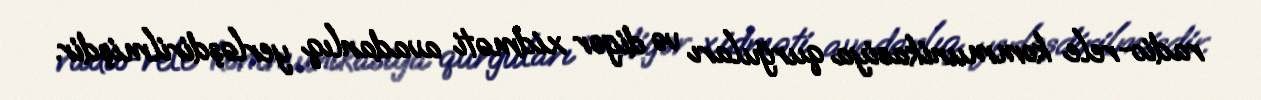
radio-rele kommunikasiya qurğuları və digər xidməti avadanlıq yerləşdirilmişdir.